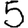
Digit: 5